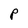
Character: P